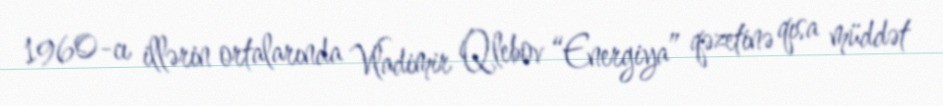
1960-cı illərin ortalarında Vladimir Qlebov “Energiya” qəzetinə qısa müddət